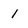
Character: 1